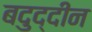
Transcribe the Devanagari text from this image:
बदुद्दीन